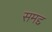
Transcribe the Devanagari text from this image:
समद्द